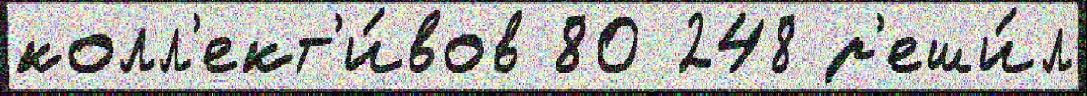
колл'ект'и́вов 80 248 р'еши́л